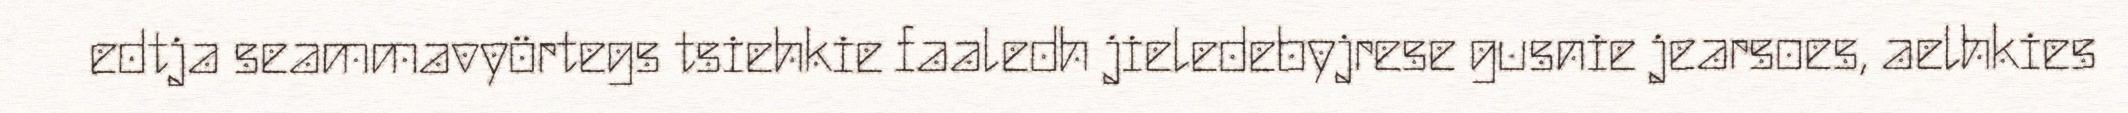
edtja seammavyörtegs tsiehkie faaledh jieledebyjrese gusnie jearsoes, aelhkies